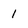
Character: 1